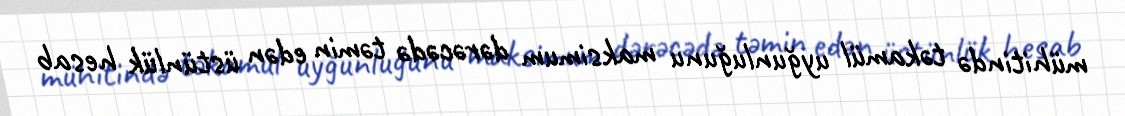
mühitində təkamül uyğunluğunu maksimum dərəcədə təmin edən üstünlük hesab